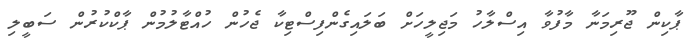
ޕާކިން ޖޫރިމަނާ މާފުވާ އިސްލާހު މަޖިލީހަށް ބަލައިގެންފިސްޓިކާ ޖެހުން ހުއްޓާލުމުން ޕާކްކުރުން ސަބީލި